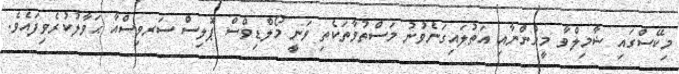
މިކޭސްގައި ޝާމިލްވާ މީހުންނާއި އަތުލައިގަނެވުނު މަސްތުވާތަކެތި ވަނީ މޯލްޑިވްސް ޕޮލިސް ސަރވިސްއާ ޙަވާލުކުރެވިފައެވެ.